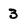
Character: 3